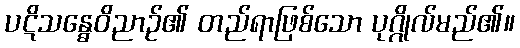
ပဋိသန္ဓေဝိညာဉ်၏ တည်ရာဖြစ်သော ပုဂ္ဂိုလ်မည်၏။